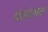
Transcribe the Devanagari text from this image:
वंशांतला